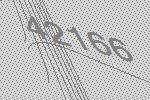
42166